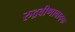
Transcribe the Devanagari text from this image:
रुद्रवीणावादक